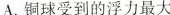
A.铜球受到的浮力最大